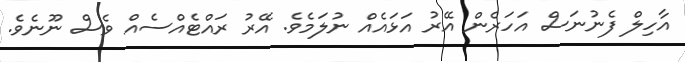
އާހިލް ފެނުނަސް އަހަރެން އޭރު އަޅައެއް ނުލަމެވެ. އޭރު ރައްޓެއްސެއް ވެސް ނޫނެވެ.